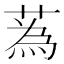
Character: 蒍